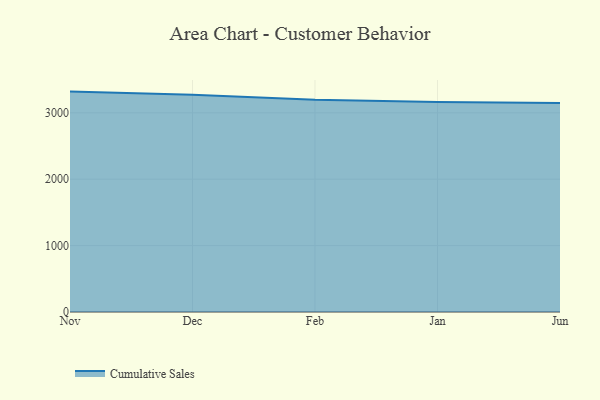
{"axis": {"x": "Month", "y": "Backlog"}, "legend": ["Cumulative Sales"], "data": [{"x": "Nov", "y": 3318.7, "type": "Cumulative Sales"}, {"x": "Dec", "y": 3272.4, "type": "Cumulative Sales"}, {"x": "Feb", "y": 3195.3, "type": "Cumulative Sales"}, {"x": "Jan", "y": 3161.7, "type": "Cumulative Sales"}, {"x": "Jun", "y": 3148.9, "type": "Cumulative Sales"}]}